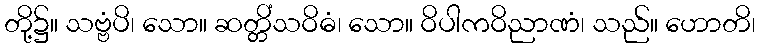
တို့၌။ သဗ္ဗံပိ၊ သော။ ဆတ္တိံသဝိဓံ၊ သော။ ဝိပါကဝိညာဏံ၊ သည်။ ဟောတိ၊